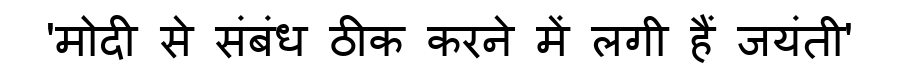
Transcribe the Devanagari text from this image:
'मोदी से संबंध ठीक करने में लगी हैं जयंती'